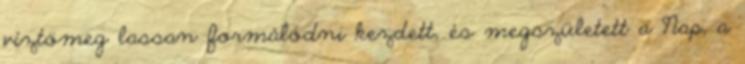
víztömeg lassan formálódni kezdett, és megszületett a Nap, a